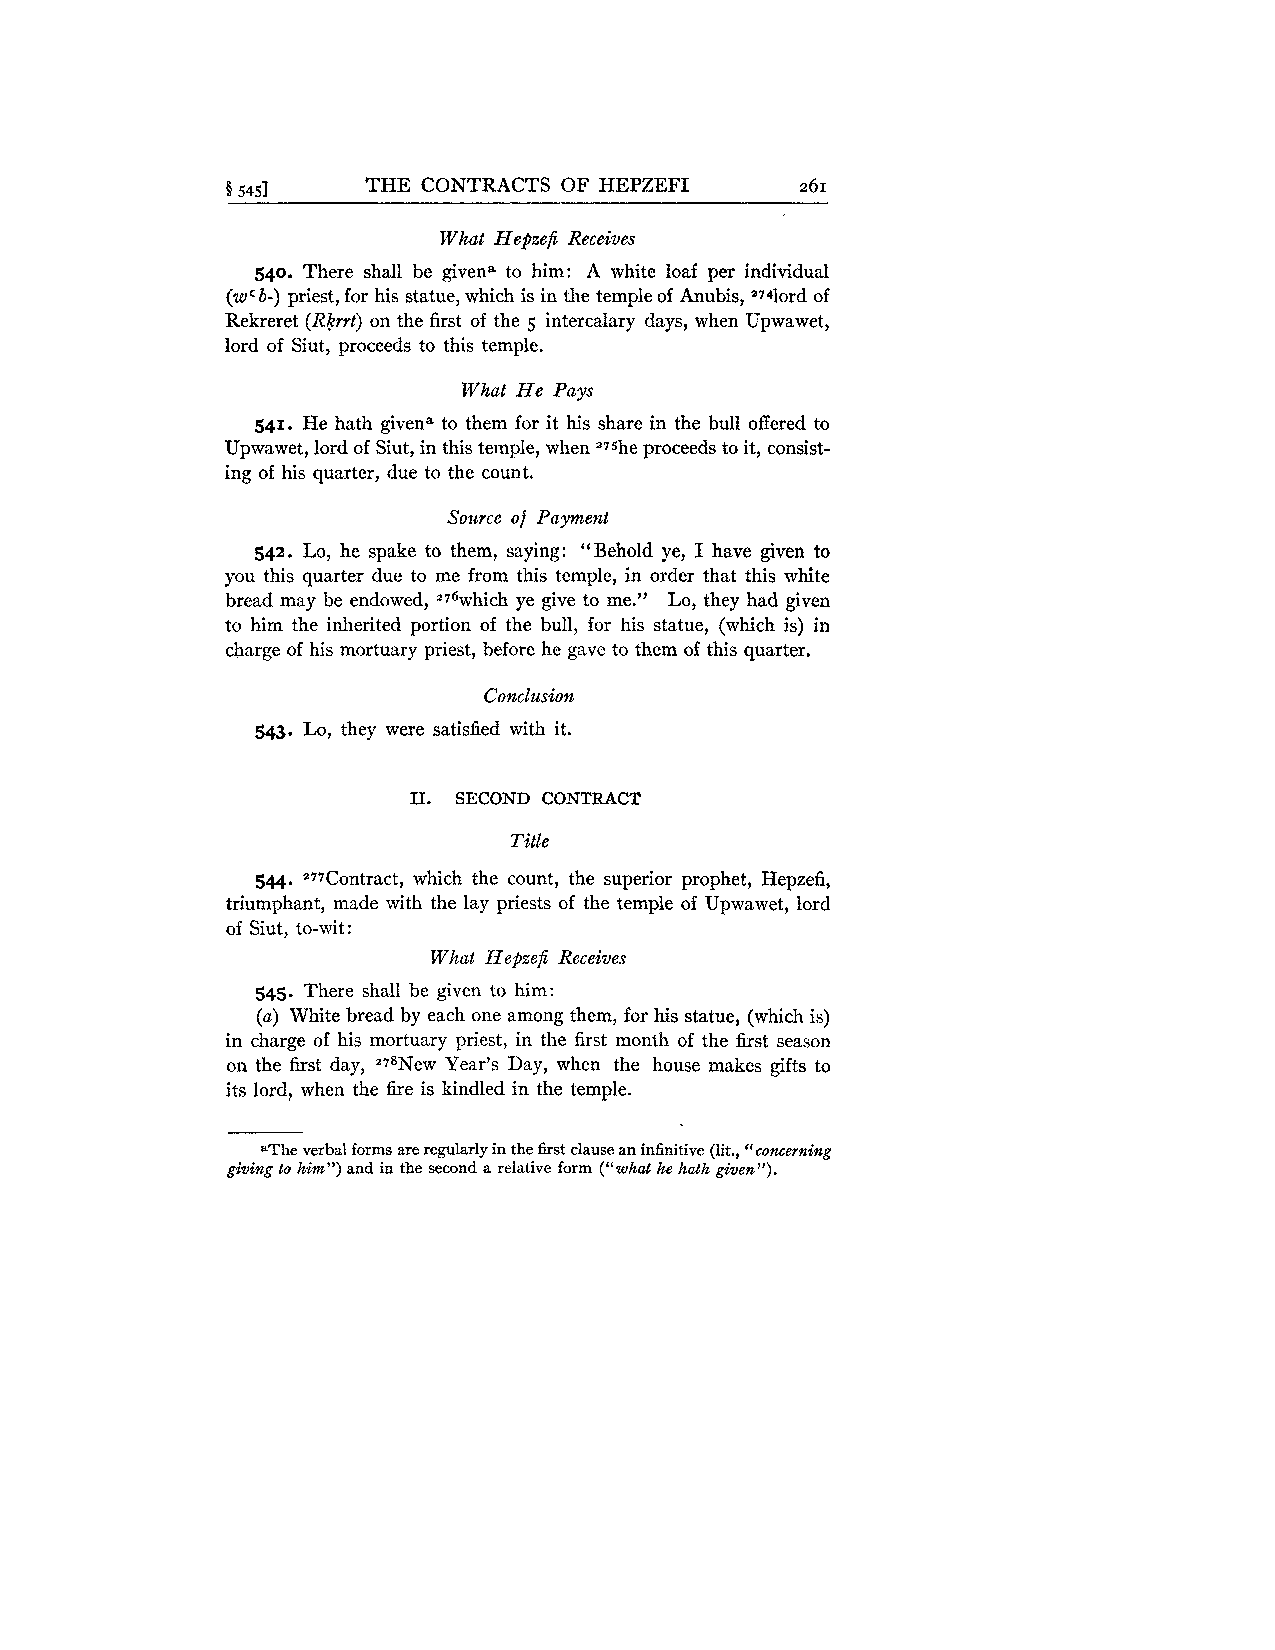
5 5451   THE CONTRACTS OF HEPZEFI     261
 What Hepzefi Receives
 540. There shall be givena to him: A white loaf per individual
 (wcb-) priest, for his statue, which is in the temple of Anubis, "74lord of
 Rekreret (Rkrrt) on the first of the 5 intercalary days, when Upwawet,
 lord of Siut, proceeds to this temple.
 What He Pays
 541. He hath givena to them for it his share in the bull offered to
 Upwawet, lord of Siut, in this temple, when 275he proceeds to it, consist-
 ing of his quarter, due to the count.
 Source of Payment
 542. Lo, he spake to them, saying: "Behold ye, I have given to
 you this quarter due to me from this temple, in order that this white
 bread may be endowed, ~7~whicyhe give to me." Lo, they had given
 to him the inherited portion of the bull, for his statue, (which is) in
 charge of his mortuary priest, before he gave to them of this quarter.
 Conclusion
 543. Lo, they were satisfied with it.
 11. SECOND CONTRACT
 Title
 544. *77Contract, which the count, the superior prophet, Hepzefi,
 triumphant, made with the lay priests of the temple of Upwawet, lord
 of Siut, to-wit:
 What Hepzefi Receives
 545. There shall be given to him:
 (a) White bread by each one among them, for his statue, (which is)
 in charge of his mortuary priest, in the first month of the first season
 on the fust day, 278New Year's Day, when the house makes gifts to
 its lord, when the fire is kindled in the temple.
 aThe verbal forms are regularly in the first clause an infinitive (lit., "concerning
 giving to him") and in the second a relative form ("what he hath given").